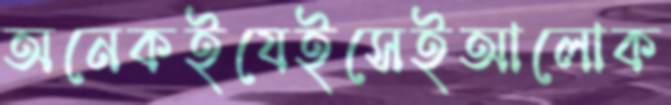
অনেকইযেইসেইআলোক